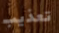
تعذيب